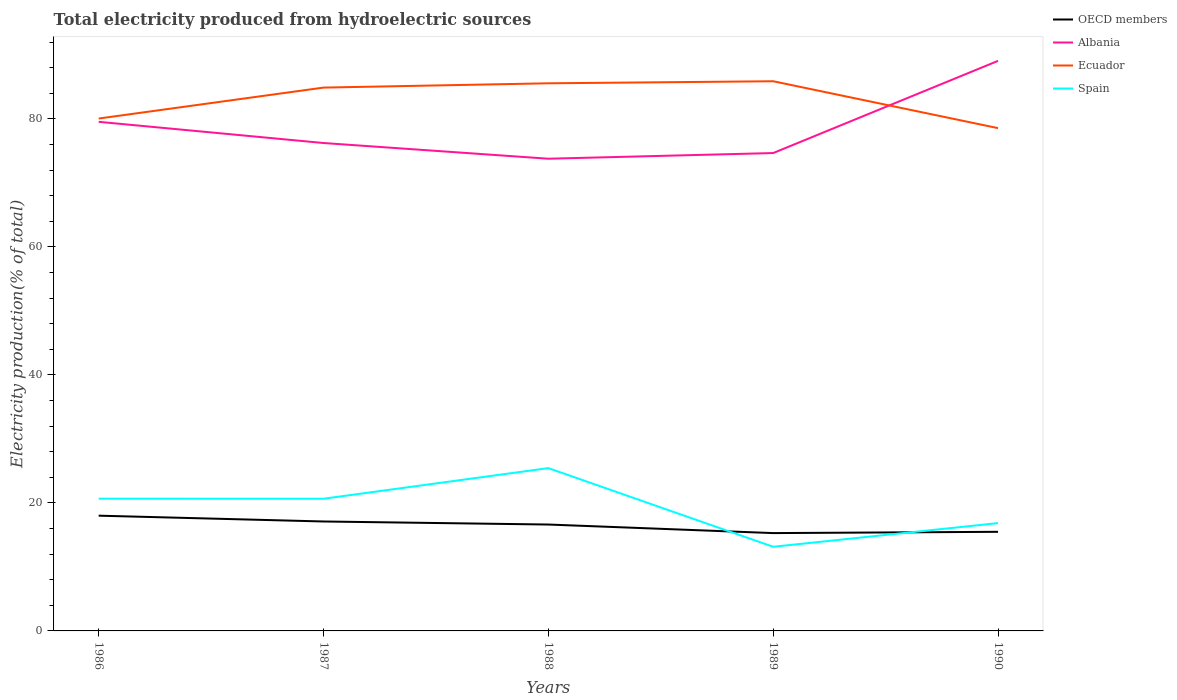
| Years | OECD members | Albania | Ecuador | Spain |
 | --- | --- | --- | --- | --- |
 | 1986 | 18 | 79.5 | 80 | 20.7 |
 | 1987 | 17.1 | 76.2 | 84.9 | 20.6 |
 | 1988 | 16.6 | 73.8 | 85.6 | 25.4 |
 | 1989 | 15.3 | 74.7 | 85.9 | 13.1 |
 | 1990 | 15.5 | 89.1 | 78.5 | 16.8 |